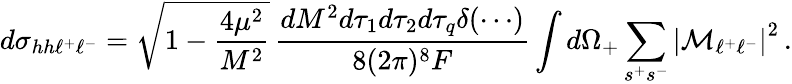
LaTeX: d\sigma_{hh\ell^{+}\ell^{-}}=\sqrt{1-{\frac{4\mu^{2}}{M^{2}}}}\, {\frac{dM^{2}d\tau_{1}d\tau_{2}d\tau_{q}\delta(\cdots)}{8(2\pi)^{8}F}}\int d\Omega_{+}\sum_{s^{+}s^{-}}\left|{\cal M}_{\ell^{+}\ell^{-}}\right|^{2}\, .